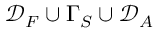
\mathcal { D } _ { F } \cup \Gamma _ { S } \cup \mathcal { D } _ { A }